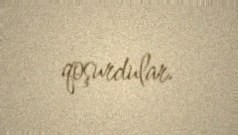
qoşurdular.